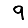
Digit: 9